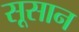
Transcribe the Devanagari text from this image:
सूसान